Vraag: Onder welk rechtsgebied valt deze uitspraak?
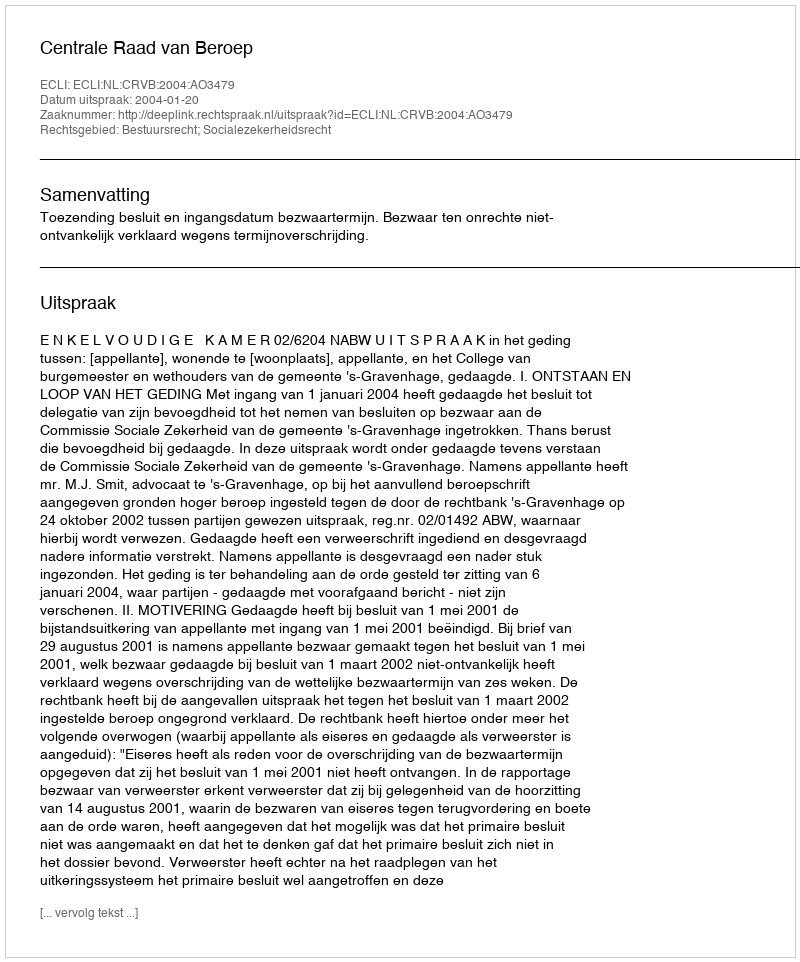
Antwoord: Bestuursrecht; Socialezekerheidsrecht